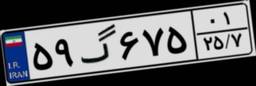
۵۹گ۶۷۵۰۱